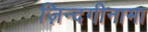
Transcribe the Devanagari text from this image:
ज़िन्दगीनामा